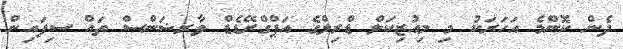
ދެން ކޮންމެ އަހަރަކު މި މިއުޒިކަލް ޑްރިލްގެ އަޕްގްރޭޑެޑް ވާރޝަންސް ތައް ސިފައިން